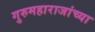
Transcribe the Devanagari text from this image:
गुरुमहाराजांच्या